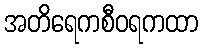
အတိရေကစီဝရကထာ